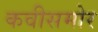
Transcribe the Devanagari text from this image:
कवीसमोर